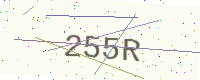
Text: 255R